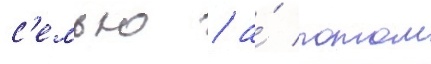
с'емью / а́ потом